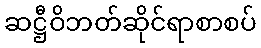
ဆဋ္ဌီဝိဘတ်ဆိုင်ရာစာစပ်